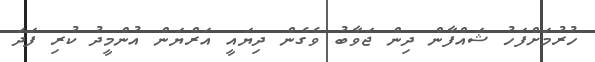
ހުރުމަށްފަހު ޝައްފާން ދިން ޖަވާބު ވެގެން ދިޔައީ އަރްޔަން އުންމީދު ކުރި ފަދަ